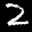
Label: 2